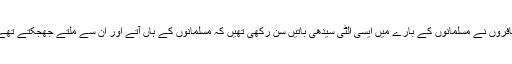
کافروں نے مسلمانوں کے بارے میں ایسی الٹی سیدھی باتیں سن رکھی تھیں کہ مسلمانوں کے ہاں آتے اور ان سے ملتے جھجکتے تھے۔